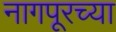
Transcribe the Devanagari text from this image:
नागपूरच्‍या